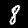
Label: 8